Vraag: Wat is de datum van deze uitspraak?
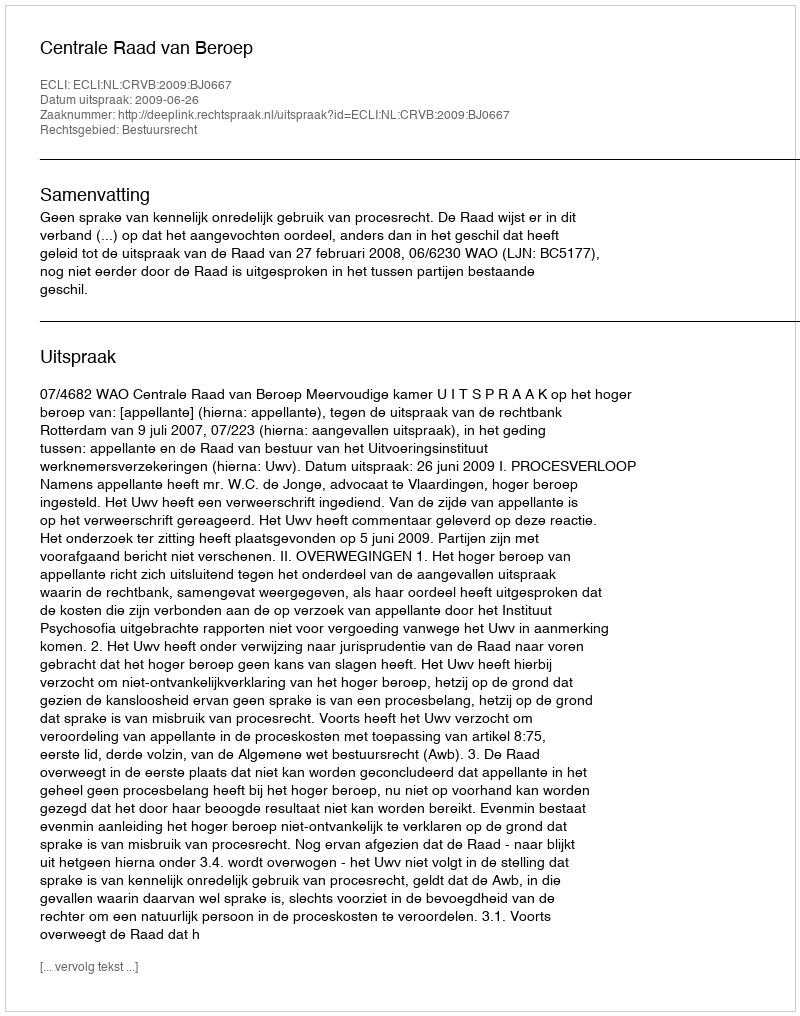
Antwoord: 2009-06-26